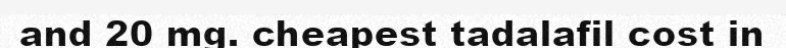
and 20 mg. cheapest tadalafil cost in